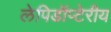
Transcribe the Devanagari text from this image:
लेपिडॉप्टेरीय